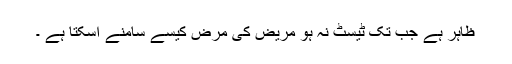
ظاہر ہے جب تک ٹیسٹ نہ ہو مریض کی مرض کیسے سامنے آسکتا ہے ۔